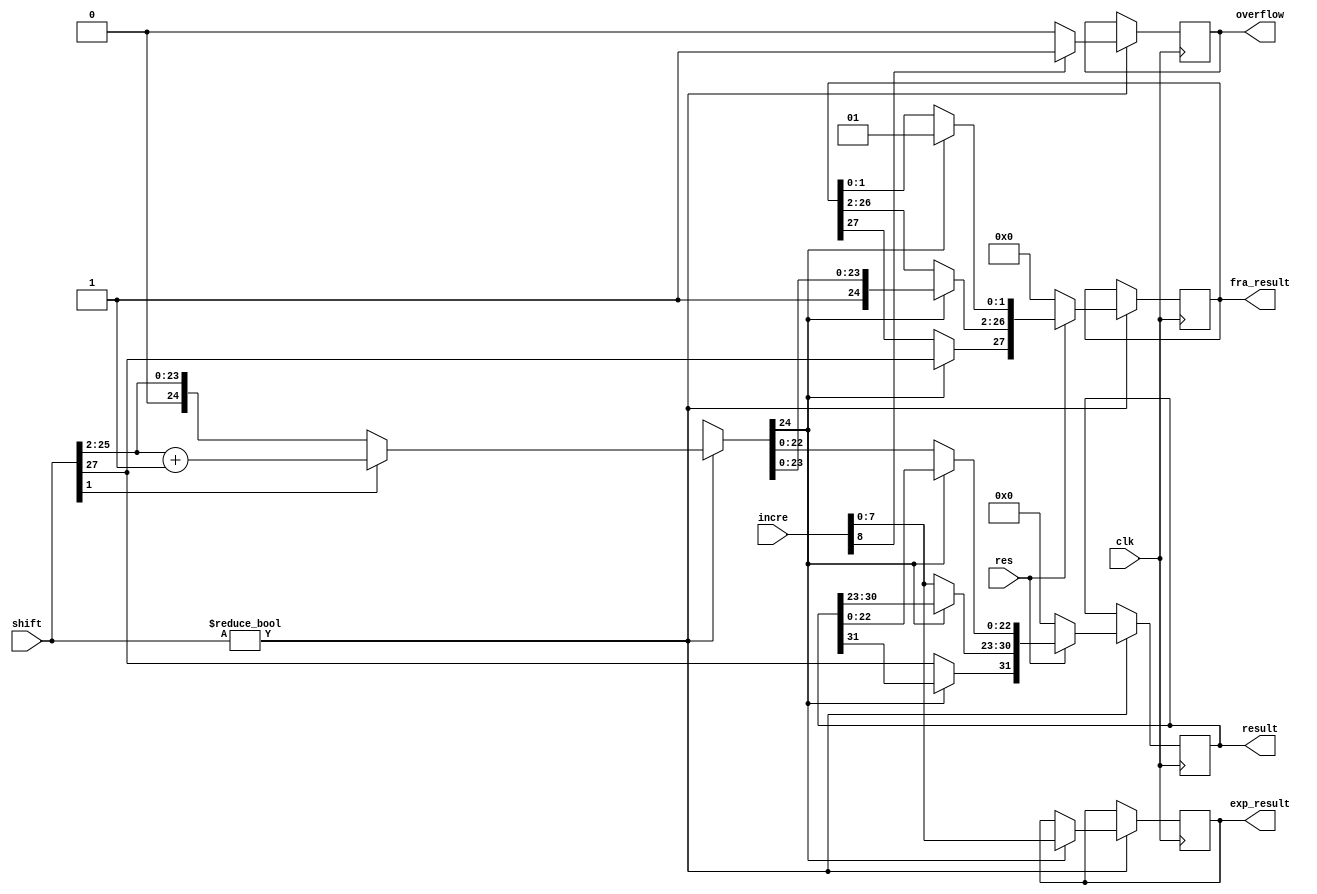
module Rounding(clk,res,shift,incre,
  exp_result,fra_result,result,overflow);
  input clk,res;
  input [8:0] incre;
  input [27:0] shift;
  reg [24:0] fra;//Include "1" but not the two reserved places.
  output reg overflow;
  output reg [7:0] exp_result;
  output reg [27:0] fra_result;
  output reg [31:0] result;
  
  always @(posedge clk) begin
    if(shift)
      begin
    if(incre[8])//incase the second time exp is not overflow.
      overflow = 1;
    else
      overflow = 0;//reset
    fra [24] = 0;
    fra[23:0] = shift[25:2];
    if(shift[1])
      fra = fra+1;
    if(fra[24])
      begin
        fra_result[27] = shift[27];
        fra_result[26:2] = fra[24:0];
        fra_result[1:0] = 1;
        exp_result = incre[7:0];
      end
    else
      begin
        result[31] = shift[27];
        result[30:23] = incre[7:0];
        result[22:0] = fra[22:0];
      end
    if(!res)
      begin
        fra_result = 0;
        result = 0;
      end
    end
  end
  endmodule